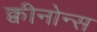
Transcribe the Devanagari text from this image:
क्वीनोन्स